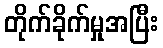
တိုက်ခိုက်မှုအပြီး